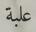
علبة